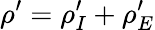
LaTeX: {\rho}^{\prime}={\rho}_{I}^{\prime}+{\rho}_{E}^{\prime}